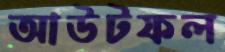
আউটফল